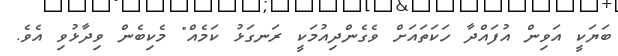
ބަޔަކީ އަވިން އުފައްދާ ހަކަތައަށް ވެގެންދިއުމަކީ ރަނގަޅު ކަމެއް" މެކިބެން ވިދާޅުވި އެވެ.